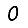
Digit: 0